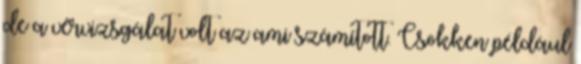
de a vérvizsgálat volt az ami számított. Csökken például